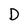
Character: D